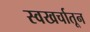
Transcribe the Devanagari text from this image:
स्वखर्चातून